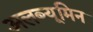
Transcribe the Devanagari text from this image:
अलब्यूमिन